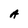
Character: A